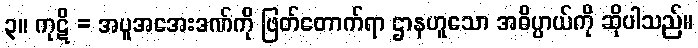
၃။ ကုဋိ = အပူအအေးဒဏ်ကို ဖြတ်တောက်ရာ ဌာနဟူသော အဓိပ္ပာယ်ကို ဆိုပါသည်။